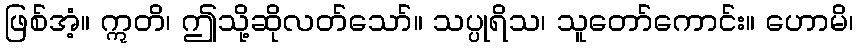
ဖြစ်အံ့။ ဣတိ၊ ဤသို့ဆိုလတ်သော်။ သပ္ပုရိသ၊ သူတော်ကောင်း။ ဟောမိ၊